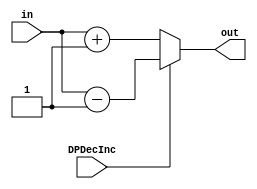
module DataPtrALU (in, DPDecInc, out);
	input [7:0] in;
	input DPDecInc;
	output [7:0] out;
	
	assign out = DPDecInc? in - 8'b1: in + 8'b1;

endmodule



module DataALU (in, DDecInc, out);
	input [7:0] in;
	input DDecInc;
	output [7:0] out;
	
	assign out = DDecInc? in - 1: in + 1;

endmodule



module PCALU (in, PCDecInc, out);

	input [7:0] in;
	input PCDecInc;
	output [7:0] out;
	
	assign out = PCDecInc? in - 1: in + 1;

endmodule

module mux8(in0, in1, choose, out);
	input [7:0] in0, in1;
	input choose;
	output reg [7:0] out;

	always @(*)
	begin
		if (choose)
			out = in1;
		else
			out = in0;
	end
endmodule